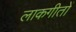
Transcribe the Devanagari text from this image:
लाकगीतों